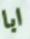
ابا